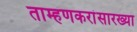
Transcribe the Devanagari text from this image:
ताम्हणकरांसारख्या